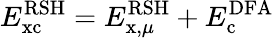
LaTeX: E_{\mathrm{xc}}^{\mathrm{RSH}}=E_{\mathrm{x},\mu}^{\mathrm{RSH}}+E_{\mathrm{c}}^{\mathrm{DFA}}